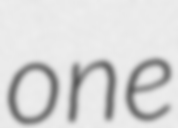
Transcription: one